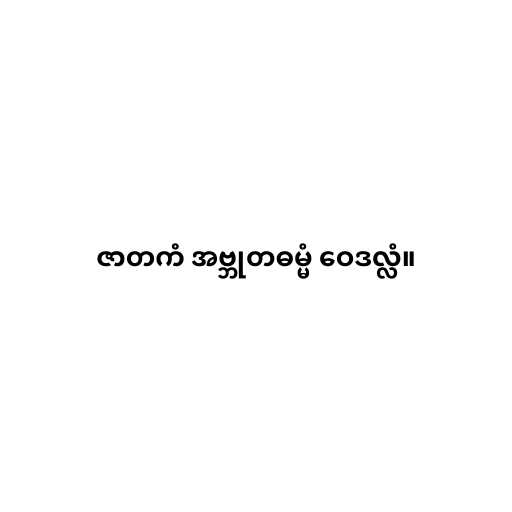
ဇာတကံ အဗ္ဘုတဓမ္မံ ဝေဒလ္လံ။